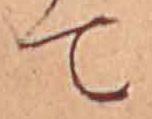
て